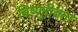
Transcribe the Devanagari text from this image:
विष्णुदेवता